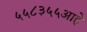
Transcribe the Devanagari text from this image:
५५८३५५आहे